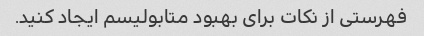
فهرستی از نکات برای بهبود متابولیسم ایجاد کنید.